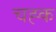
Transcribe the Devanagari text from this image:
चह्क